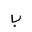
Letter: _ba